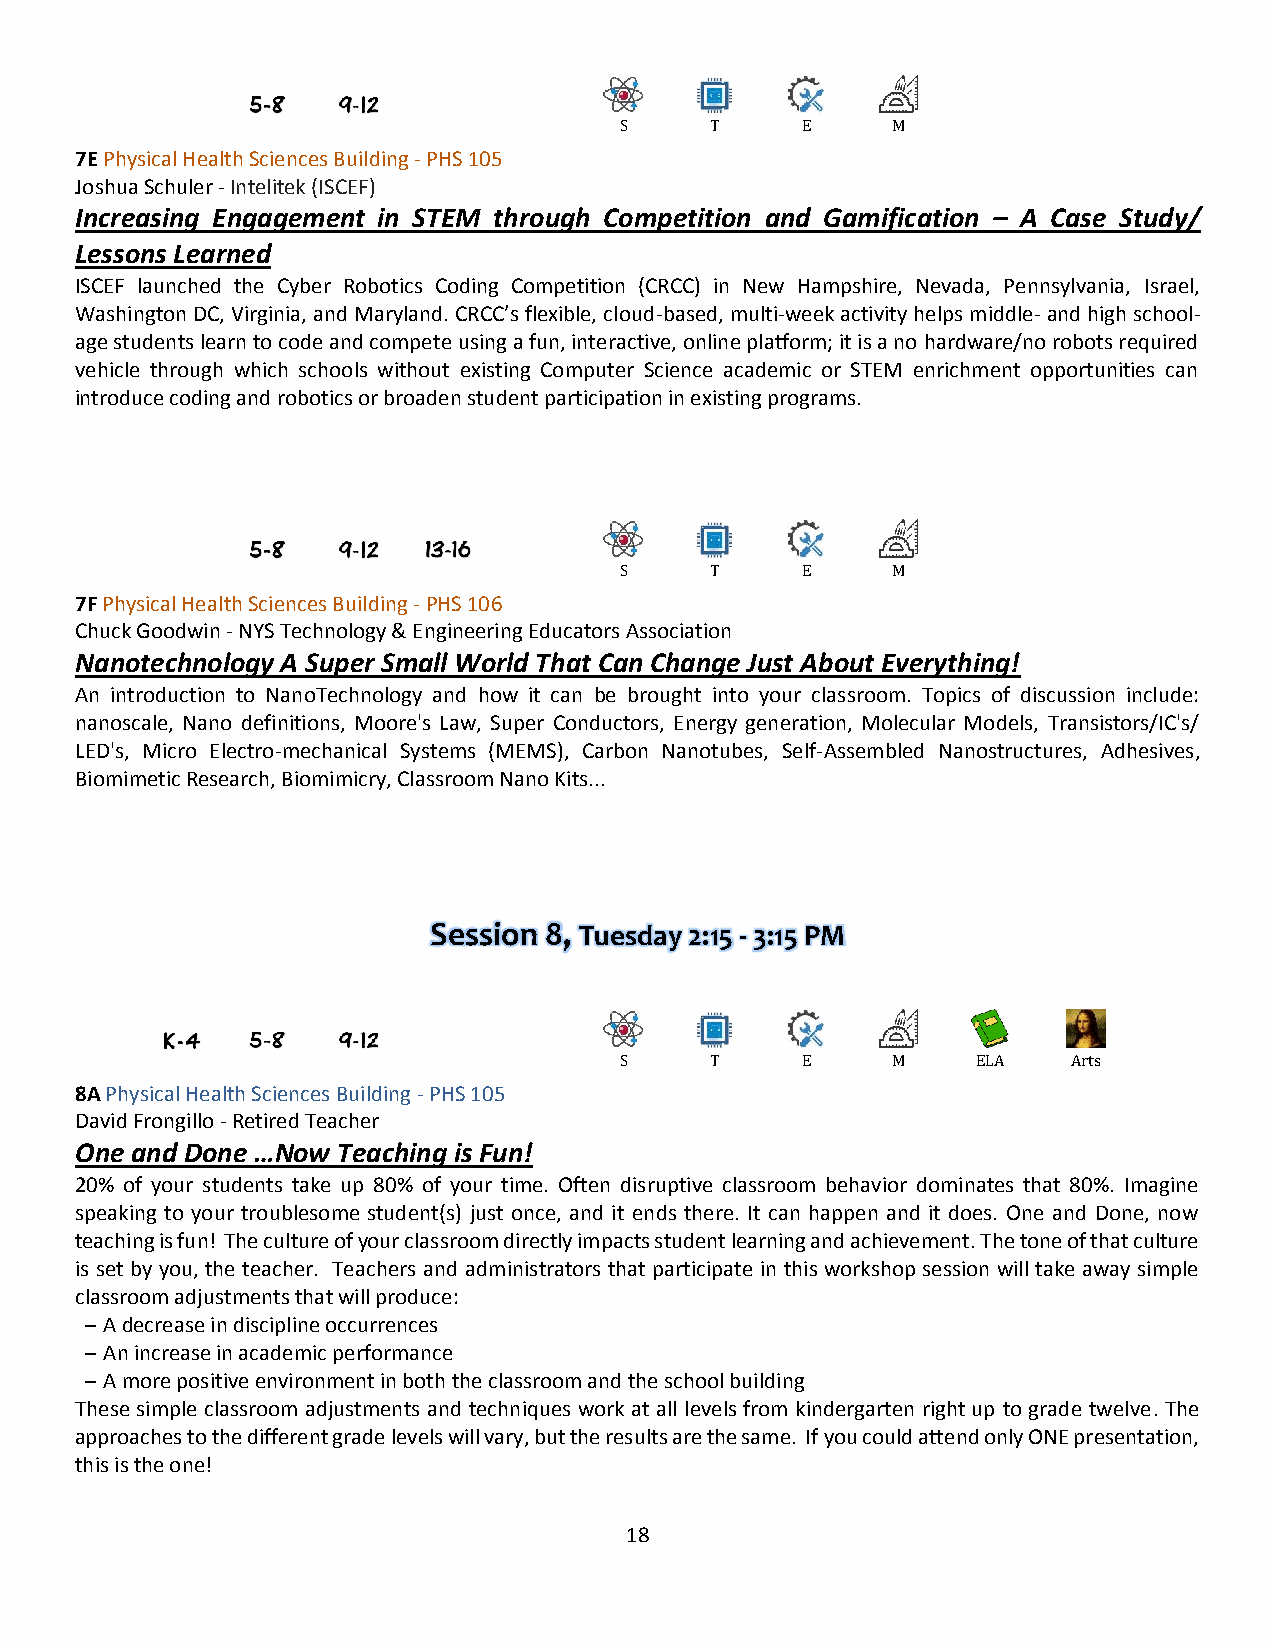
S     T     E     M
 7E Physical Health Sciences Building - PHS 105
 Joshua Schuler - Intelitek (ISCEF)
 Increasing Engagement in STEM through Competition and Gamification – A Case Study/
 Lessons Learned
 ISCEF launched the Cyber Robotics Coding Competition (CRCC) in New Hampshire, Nevada, Pennsylvania, Israel,
 Washington DC, Virginia, and Maryland. CRCC’s flexible, cloud-based, multi-week activity helps middle- and high school-
 age students learn to code and compete using a fun, interactive, online platform; it is a no hardware/no robots required
 vehicle through which schools without existing Computer Science academic or STEM enrichment opportunities can
 introduce coding and robotics or broaden student participation in existing programs.
 S     T     E     M
 7F Physical Health Sciences Building - PHS 106
 Chuck Goodwin - NYS Technology & Engineering Educators Association
 Nanotechnology A Super Small World That Can Change Just About Everything!
 An introduction to NanoTechnology and how it can be brought into your classroom. Topics of discussion include:
 nanoscale, Nano definitions, Moore's Law, Super Conductors, Energy generation, Molecular Models, Transistors/IC's/
 LED's, Micro Electro-mechanical Systems (MEMS), Carbon Nanotubes, Self-Assembled Nanostructures, Adhesives,
 Biomimetic Research, Biomimicry, Classroom Nano Kits...
 Session 8, Tuesday 2:15 - 3:15 PM
 S     T     E     M     ELA   Arts
 8A Physical Health Sciences Building - PHS 105
 David Frongillo - Retired Teacher
 One and Done …Now Teaching is Fun!
 20% of your students take up 80% of your time. Often disruptive classroom behavior dominates that 80%. Imagine
 speaking to your troublesome student(s) just once, and it ends there. It can happen and it does. One and Done, now
 teaching is fun! The culture of your classroom directly impacts student learning and achievement. The tone of that culture
 is set by you, the teacher. Teachers and administrators that participate in this workshop session will take away simple
 classroom adjustments that will produce:
 – A decrease in discipline occurrences
 – An increase in academic performance
 – A more positive environment in both the classroom and the school building
 These simple classroom adjustments and techniques work at all levels from kindergarten right up to grade twelve. The
 approaches to the different grade levels will vary, but the results are the same. If you could attend only ONE presentation,
 this is the one!
 18